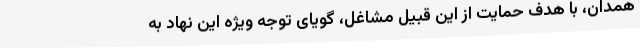
همدان، با هدف حمایت از این قبیل مشاغل، گویای توجه ویژه این نهاد به